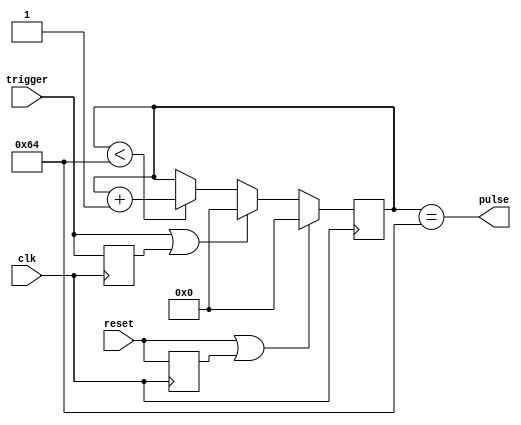
module one_shot_timer (
    input wire clk,
    input wire trigger,
    input wire reset,
    output reg pulse
);

parameter THRESHOLD = 100; // Set threshold value for pulse duration

reg [7:0] counter;
reg sync_trigger;
reg sync_reset;

always @(posedge clk) begin
    if (reset || sync_reset) begin
        counter <= 8'b00000000;
    end else begin
        if (trigger || sync_trigger) begin
            counter <= 8'b00000000;
        end else begin
            if (counter < THRESHOLD) begin
                counter <= counter + 1;
            end
        end
    end
end

assign pulse = (counter == THRESHOLD);

always @(posedge clk) begin
    sync_trigger <= trigger;
    sync_reset <= reset;
end

endmodule